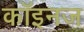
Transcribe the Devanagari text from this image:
कॉइनज